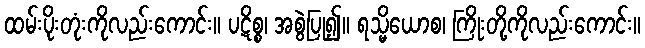
ထမ်းပိုးတုံးကိုလည်းကောင်း။ ပဋိစ္စ၊ အစွဲပြု၍။ ရသ္မိယောစ၊ ကြိုးတို့ကိုလည်းကောင်း။